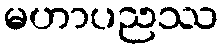
မဟာပညဿ